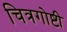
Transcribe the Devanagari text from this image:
चित्रगोष्टी